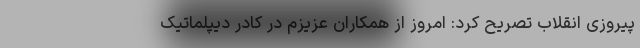
پیروزی انقلاب تصریح کرد: امروز از همکاران عزیزم در کادر دیپلماتیک